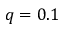
q = 0 . 1